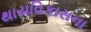
થાયવિકાસના